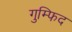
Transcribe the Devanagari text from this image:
गुम्फिद